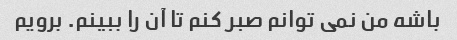
باشه من نمی توانم صبر کنم تا آن را ببینم. برویم